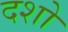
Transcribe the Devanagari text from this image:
दशो